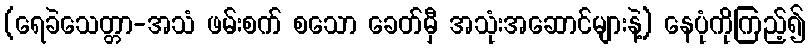
(ရေခဲသေတ္တာ-အသံ ဖမ်းစက် စသော ခေတ်မှီ အသုံးအဆောင်များနဲ့) နေပုံကိုကြည့်၍